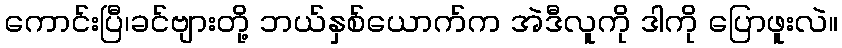
ကောင်းပြီ၊ခင်ဗျားတို့ ဘယ်နှစ်ယောက်က အဲဒီလူကို ဒါကို ပြောဖူးလဲ။